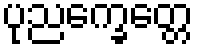
ပုညက္ခေတ္တေ